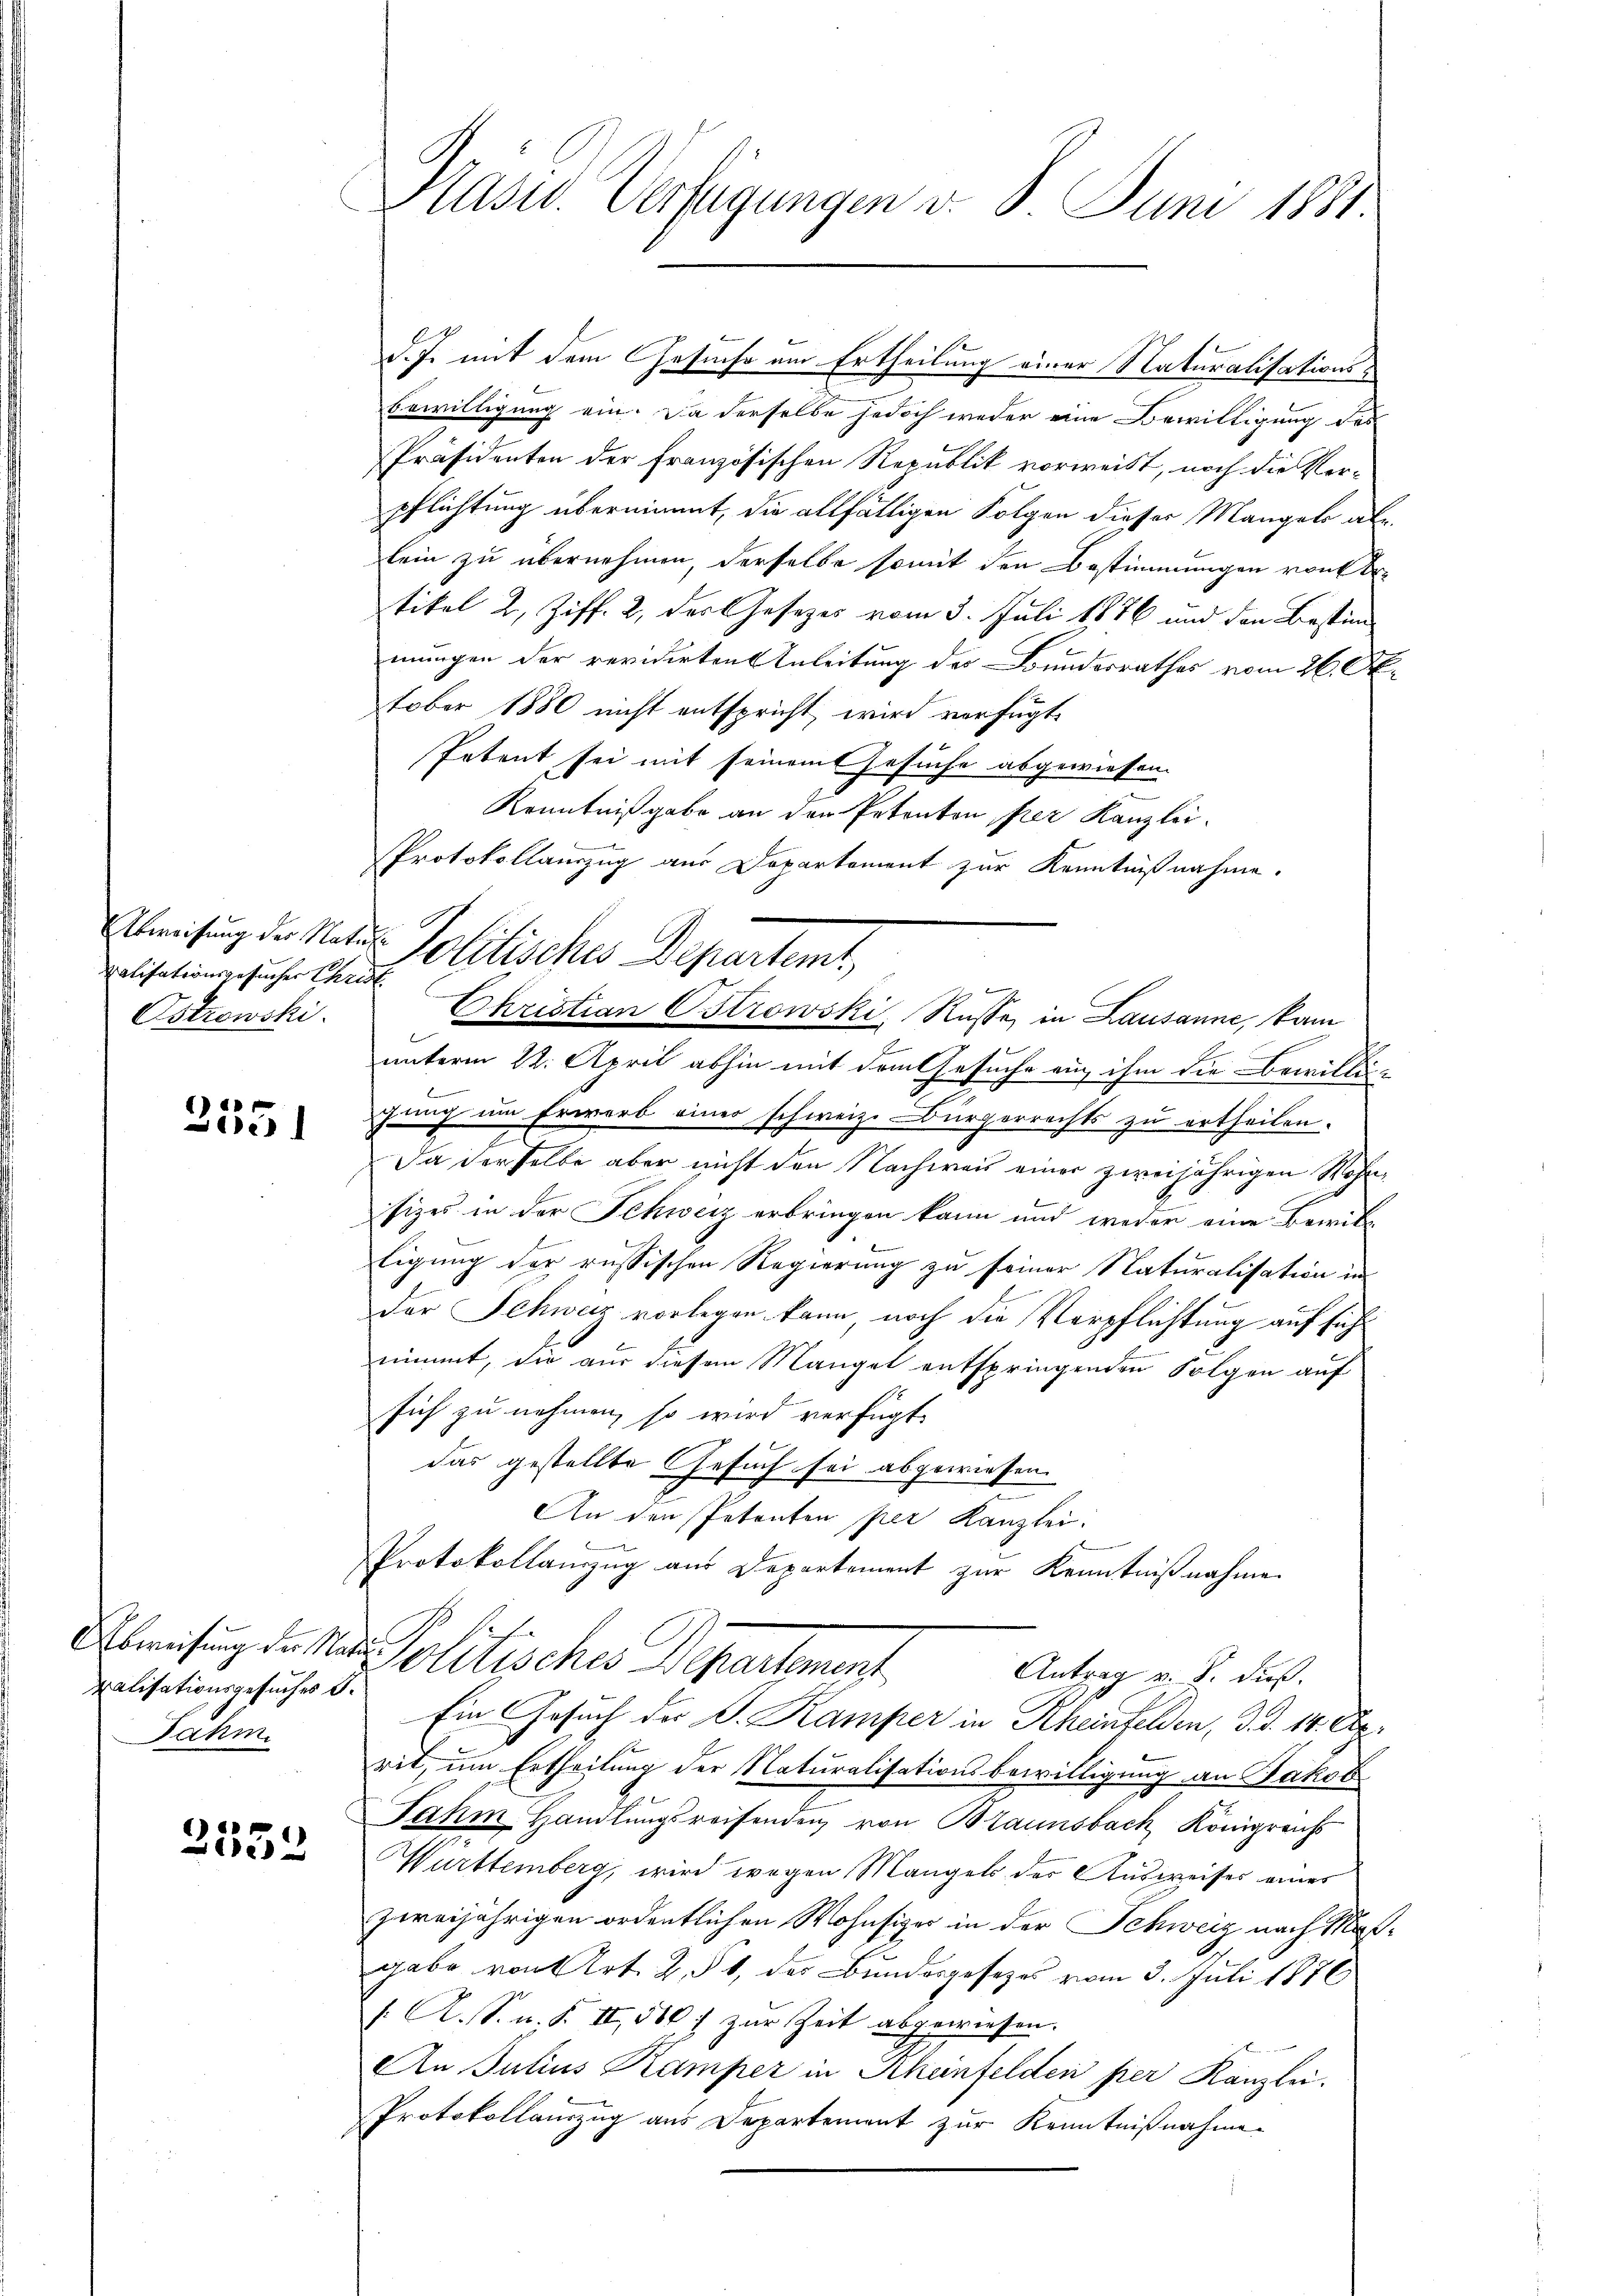
ralisationsgesucher Christ
Ostrowski.

1)
e

Ralisationsgesuches d.
Jahm.

e
e

Präsid. Verfügungen v. 8. Juni 1881.

d. J. mit dem Gesuche am Ertheilung einer Naturalisations¬
Bewilligung ein. Da derselbe jedoch weder eine Bewilligung des
Präsidenten der Französischen Republik vorweist, noch die Verpflichtung übernimmt, die allfälligen Folgen dieser Mangelo abe
lein zu übernehmen, derselbe somit den Bestimmungen von ertikel 2., Ziff. 2, der Gesetzes vom 3. Juli 1876 und den Bestimmungen der revidirten Anleitung des Bundesrathes vom 26. Oktober 1880 nicht entspricht wird verfügt,
Petent sei mit seinem Gesuche abgewiesen.
Kenntnißgabe an den Petenton, per Kanzlei.
Protokollauszug aus Departement zur Kenntnißnahme.
Abweisung der Natur Politisches Departem
unterm 22. April abhin mit dem Gesuche ein ihm die Bewilligung um Erwarb einer schweiz. Bürgerrechts zu ertheilen.
Da derselbe aber nicht den Nachweis einer zweijährigen Wohnfizes in der Schweiz erbringen kann und weder eine Bewil
tigung der russischen Regierung zu seiner Naturalisation in
der Schweiz vorlegen kann noch die Verpflichtung auf sich
nimmt, die aus diesem Mangel entspringenden Folgen auf
sich zu nehmen, so wird verfügt
das gestellte Gesuch sei abgewiesen
An den Petenten per Kanzlei.
Protokollanzzug aus Departement zur Kenntnißnahme
Abweisung der Man Politisches Departement
Antrag z. B. dieß.
Ein Gesuch der S. Kamper in Rheintelden, d. d. 14. Derit, um Ertheilung der Naturalisationsbewilligung an Jakob
Jahm Handlungsreisenden von Braunsbach, Königreichs
Württemberg, wird wegen Mangels der Ausweises eines
zweijährigen ordentlichen Wohnsizer in der Schweiz nach Maßgabe von Art. 2, § 1, der Bundesgesetzes vom 3. Juli 1876
J. A. S. n. F. II., 500 f zur Zeit abgewiesen.
An Julius Kamper in Rheinfelden per Kanzlei.
Protokollauszug aus Departement zur Kenntnißnahme

l
Ehristian Ostrowski, Rasse in Lausanne, kam